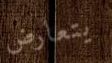
يتعارض